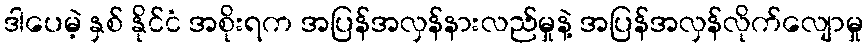
ဒါပေမဲ့ နှစ် နိုင်ငံ အစိုးရက အပြန်အလှန်နားလည်မှုနဲ့ အပြန်အလှန်လိုက်လျောမှု